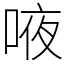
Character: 㖡